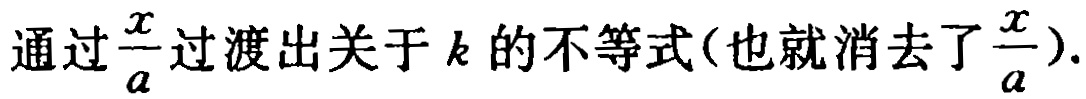
通过\frac{x}{a}过渡出关于k的不等式(也就消去了\frac{x}{a}).